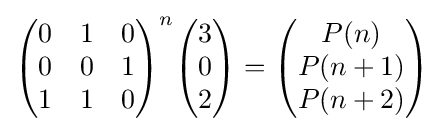
{\begin{pmatrix}0&1&0\\0&0&1\\1&1&0\end{pmatrix}}^{n}{\begin{pmatrix}3\\0\\2\end{pmatrix}}={\begin{pmatrix}P(n)\\P(n+1)\\P(n+2)\end{pmatrix}}